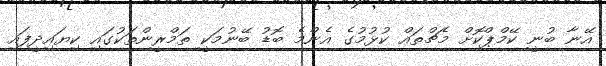
އޭނާ ބުނީ ކޭމްޕްކޮށް މެޗްތައް ކުޅުމުގެ އެންމެ ބޮޑު ބޭނުމަކީ ތަމްރީންތަކުގައި ކިޔައިދީފައި